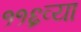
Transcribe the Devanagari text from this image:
११६व्या